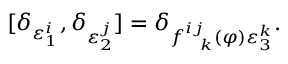
\lbrack \delta _ { \varepsilon _ { 1 } ^ { i } } , \delta _ { \varepsilon _ { 2 } ^ { j } } ] = \delta _ { f _ { \ \ k } ^ { i j } ( \varphi ) \varepsilon _ { 3 } ^ { k } } .